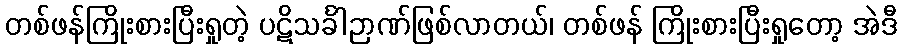
တစ်ဖန်ကြိုးစားပြီးရှုတဲ့ ပဋိသင်္ခါဉာဏ်ဖြစ်လာတယ်၊ တစ်ဖန် ကြိုးစားပြီးရှုတော့ အဲဒီ